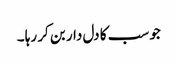
جو سب کا دل دار بن کر رہا ۔